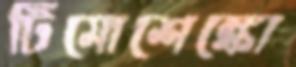
টিমোশেঙ্কো